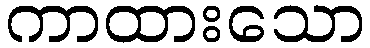
ကာထားသော